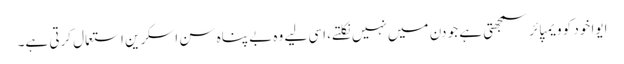
ایوا خود کو ویمپائر سمجھتی ہے جو دن میں نہیں نکلتے، اسی لیے وہ بے پناہ سن اسکرین استعمال کرتی ہے۔